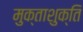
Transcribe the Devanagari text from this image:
मुक्ताशुक्ति